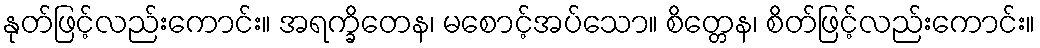
နုတ်ဖြင့်လည်းကောင်း။ အရက္ခိတေန၊ မစောင့်အပ်သော။ စိတ္တေန၊ စိတ်ဖြင့်လည်းကောင်း။